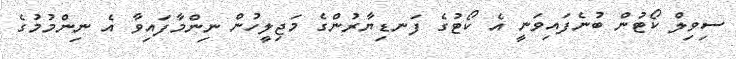
ސިވިލް ކޯޓުން ބުނެފައިވަނީ އެ ކޯޓުގެ ފަނޑިޔާރުންގެ މަޖިލީހުން ނިންމާފައިވާ އެ ނިންމުމުގެ